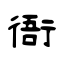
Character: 衙